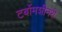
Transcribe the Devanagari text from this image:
टर्बोमशीनरी